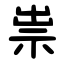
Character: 祟